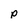
Character: p